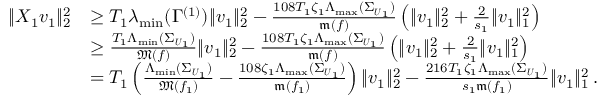
\begin{array} { r l } { | \! | X _ { 1 } \boldsymbol { v } _ { 1 } | \! | _ { 2 } ^ { 2 } } & { \geq T _ { 1 } \lambda _ { \operatorname* { m i n } } ( \Gamma ^ { ( 1 ) } ) | \! | \boldsymbol { v } _ { 1 } | \! | _ { 2 } ^ { 2 } - \frac { 1 0 8 T _ { 1 } \zeta _ { 1 } \Lambda _ { \operatorname* { m a x } } ( \Sigma _ { \boldsymbol { U } _ { 1 } } ) } { \mathfrak m ( f ) } \left( | \! | \boldsymbol { v } _ { 1 } | \! | _ { 2 } ^ { 2 } + \frac 2 { s _ { 1 } } | \! | \boldsymbol { v } _ { 1 } | \! | _ { 1 } ^ { 2 } \right) } \\ & { \geq \frac { T _ { 1 } \Lambda _ { \operatorname* { m i n } } ( \Sigma _ { \boldsymbol { U } _ { 1 } } ) } { \mathfrak M ( f ) } | \! | \boldsymbol { v } _ { 1 } | \! | _ { 2 } ^ { 2 } - \frac { 1 0 8 T _ { 1 } \zeta _ { 1 } \Lambda _ { \operatorname* { m a x } } ( \Sigma _ { \boldsymbol { U } _ { 1 } } ) } { \mathfrak m ( f ) } \left( | \! | \boldsymbol { v } _ { 1 } | \! | _ { 2 } ^ { 2 } + \frac 2 { s _ { 1 } } | \! | \boldsymbol { v } _ { 1 } | \! | _ { 1 } ^ { 2 } \right) } \\ & { = T _ { 1 } \left( \frac { \Lambda _ { \operatorname* { m i n } } ( \Sigma _ { \boldsymbol { U } _ { 1 } } ) } { \mathfrak M ( f _ { 1 } ) } - \frac { 1 0 8 \zeta _ { 1 } \Lambda _ { \operatorname* { m a x } } ( \Sigma _ { \boldsymbol { U } _ { 1 } } ) } { \mathfrak m ( f _ { 1 } ) } \right) | \! | \boldsymbol { v } _ { 1 } | \! | _ { 2 } ^ { 2 } - \frac { 2 1 6 T _ { 1 } \zeta _ { 1 } \Lambda _ { \operatorname* { m a x } } ( \Sigma _ { \boldsymbol { U } _ { 1 } } ) } { s _ { 1 } \mathfrak m ( f _ { 1 } ) } | \! | \boldsymbol { v } _ { 1 } | \! | _ { 1 } ^ { 2 } \, . } \end{array}